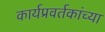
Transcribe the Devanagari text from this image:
कार्यप्रवर्तकांच्या